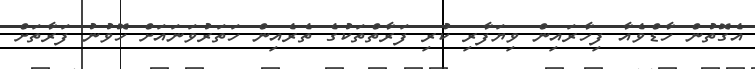
އެގޮތުން ހާޑްވެއާ ފިހާރައިން ވިޔަފާރި ކުރި ފަރާތްތަކުގެ ތެރެއިން ހަތަރުވަނައަށް ހޮވުނު ފަަރާތަށް